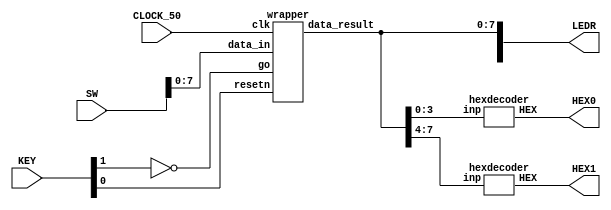
//Sw[7:0] data_in

//KEY[0] synchronous reset when pressed
//KEY[1] go signal

//LEDR displays result
//HEX0 & HEX1 also displays result

module part2(SW, KEY, CLOCK_50, LEDR, HEX0, HEX1);
    input [9:0] SW;
    input [3:0] KEY;
    input CLOCK_50;
    output [9:0] LEDR;
    output [6:0] HEX0, HEX1;

    wire resetn;
    wire go;

    wire [7:0] data_result;
    assign go = ~KEY[1];
    assign resetn = KEY[0];

    wrapper u0(
        .clk(CLOCK_50),
        .resetn(resetn),
        .go(go),
        .data_in(SW[7:0]),
        .data_result(data_result)
    );

    assign LEDR[7:0] = data_result;

    hexdecoder H0(
        .inp(data_result[3:0]),
        .HEX(HEX0)
        );

    hexdecoder H1(
        .inp(data_result[7:4]),
        .HEX(HEX1)
        );

endmodule

module wrapper(
    input clk,
    input resetn,
    input go,
    input [7:0] data_in,
    output [7:0] data_result
    );

    // lots of wires to connect our datapath and control
    wire ld_a, ld_b, ld_c, ld_x, ld_r;
    wire ld_alu_out;
    wire [1:0]  alu_select_a, alu_select_b;
    wire alu_op;

    control C0(
        .clk(clk),
        .resetn(resetn),

        .go(go),

        .ld_alu_out(ld_alu_out),
        .ld_x(ld_x),
        .ld_a(ld_a),
        .ld_b(ld_b),
        .ld_c(ld_c),
        .ld_r(ld_r),

        .alu_select_a(alu_select_a),
        .alu_select_b(alu_select_b),
        .alu_op(alu_op)
    );

    datapath D0(
        .clk(clk),
        .resetn(resetn),

        .ld_alu_out(ld_alu_out),
        .ld_x(ld_x),
        .ld_a(ld_a),
        .ld_b(ld_b),
        .ld_c(ld_c),
        .ld_r(ld_r),

        .alu_select_a(alu_select_a),
        .alu_select_b(alu_select_b),
        .alu_op(alu_op),

        .data_in(data_in),
        .data_result(data_result)
    );

 endmodule


module control(
    input clk,
    input resetn,
    input go,

    output reg  ld_a, ld_b, ld_c, ld_x, ld_r,
    output reg  ld_alu_out,
    output reg [1:0]  alu_select_a, alu_select_b,
    output reg alu_op
    );

    reg [5:0] current_state, next_state;

    localparam  S_LOAD_A        = 5'd0,
                S_LOAD_A_WAIT   = 5'd1,
                S_LOAD_B        = 5'd2,
                S_LOAD_B_WAIT   = 5'd3,
                S_LOAD_C        = 5'd4,
                S_LOAD_C_WAIT   = 5'd5,
                S_LOAD_X        = 5'd6,
                S_LOAD_X_WAIT   = 5'd7,
                S_CYCLE_0       = 5'd8,
                S_CYCLE_1       = 5'd9,
                S_CYCLE_2       = 5'd10,
                S_CYCLE_3       = 5'd11,
                S_CYCLE_4       = 5'd12;

    // Next state logic aka our state table
    always@(*)
    begin: state_table
            case (current_state)
                S_LOAD_A: next_state = go ? S_LOAD_A_WAIT : S_LOAD_A; // Loop in current state until value is input
                S_LOAD_A_WAIT: next_state = go ? S_LOAD_A_WAIT : S_LOAD_B; // Loop in current state until go signal goes low
                S_LOAD_B: next_state = go ? S_LOAD_B_WAIT : S_LOAD_B; // Loop in current state until value is input
                S_LOAD_B_WAIT: next_state = go ? S_LOAD_B_WAIT : S_LOAD_C; // Loop in current state until go signal goes low
                S_LOAD_C: next_state = go ? S_LOAD_C_WAIT : S_LOAD_C; // Loop in current state until value is input
                S_LOAD_C_WAIT: next_state = go ? S_LOAD_C_WAIT : S_LOAD_X; // Loop in current state until go signal goes low
                S_LOAD_X: next_state = go ? S_LOAD_X_WAIT : S_LOAD_X; // Loop in current state until value is input
                S_LOAD_X_WAIT: next_state = go ? S_LOAD_X_WAIT : S_CYCLE_0; // Loop in current state until go signal goes low
                S_CYCLE_0: next_state = S_CYCLE_1;
                S_CYCLE_1: next_state = S_CYCLE_2;
                S_CYCLE_2: next_state = S_CYCLE_3;
                S_CYCLE_3: next_state = S_CYCLE_4;
                S_CYCLE_4: next_state = S_LOAD_A; // we will be done our two operations, start over after
            default:     next_state = S_LOAD_A;
        endcase
    end // state_table


    // Output logic aka all of our datapath control signals
    always @(*)
    begin: enable_signals
        // By default make all our signals 0
        ld_alu_out = 1'b0;
        ld_a = 1'b0;
        ld_b = 1'b0;
        ld_c = 1'b0;
        ld_x = 1'b0;
        ld_r = 1'b0;
        alu_select_a = 2'b0;
        alu_select_b = 2'b0;
        alu_op       = 1'b0;

        case (current_state)
            S_LOAD_A: begin
                ld_a = 1'b1;
                end
            S_LOAD_B: begin
                ld_b = 1'b1;
                end
            S_LOAD_C: begin
                ld_c = 1'b1;
                end
            S_LOAD_X: begin
                ld_x = 1'b1;
                end
            S_CYCLE_0: begin // A <= A*x
                ld_alu_out = 1'b1; ld_a = 1'b1; // store result in reg a
                alu_select_a = 2'd0; // Select reg a
                alu_select_b = 2'd3; // Select reg x
                alu_op = 1'b1; // multiply
            end
            S_CYCLE_1: begin // A <= A*x^2 = A*x
                ld_alu_out = 1'b1; ld_a = 1'b1; // store result in reg a
                alu_select_a = 2'd0; // Select reg a
                alu_select_b = 2'd3; // Select reg x
                alu_op = 1'b1; // multiply
            end
            //done Ax^2

            S_CYCLE_2: begin // B <= B*x
                ld_alu_out = 1'b1; ld_b = 1'b1; // store result in reg b
                alu_select_a = 2'd1; // Select reg b
                alu_select_b = 2'd3; // Select reg x
                alu_op = 1'b1; // multiply
            end
            //done Bx

            S_CYCLE_3: begin // B <= B*x + C
                ld_alu_out = 1'b1; ld_b = 1'b1; // store result in reg b
                alu_select_a = 2'd1; // Select reg b
                alu_select_b = 2'd2; // Select reg c
                alu_op = 1'b0; // add
            end
            //done Bx+C

            S_CYCLE_4: begin // r <= Ax^2+Bx+C = A+B
                ld_r = 1'b1; // store result in result reg
                alu_select_a = 2'd0; // Select reg a
                alu_select_b = 2'd1; // Select reg x
                alu_op = 1'b0; // add
            end
        // default:    // don't need default since we already made sure all of our outputs were assigned a value at the start of the always block
        endcase
    end // enable_signals

    // current_state registers
    always@(posedge clk)
    begin: state_FFs
        if(!resetn)
            current_state <= S_LOAD_A;
        else
            current_state <= next_state;
    end // state_FFS
endmodule

module datapath(
    input clk,
    input resetn,
    input [7:0] data_in,
    input ld_alu_out,
    input ld_x, ld_a, ld_b, ld_c,
    input ld_r,
    input alu_op,
    input [1:0] alu_select_a, alu_select_b,
    output reg [7:0] data_result
    );

    // input registers
    reg [7:0] a, b, c, x;

    // output of the alu
    reg [7:0] alu_out;
    // alu input muxes
    reg [7:0] alu_a, alu_b;

    // Registers a, b, c, x with respective input logic
    always@(posedge clk) begin
        if(!resetn) begin
            a <= 8'b0;
            b <= 8'b0;
            c <= 8'b0;
            x <= 8'b0;
        end
        else begin
            if(ld_a)
                a <= ld_alu_out ? alu_out : data_in; // load alu_out if load_alu_out signal is high, otherwise load from data_in
            if(ld_b)
                b <= ld_alu_out ? alu_out : data_in; // load alu_out if load_alu_out signal is high, otherwise load from data_in
            if(ld_x)
                x <= data_in;

            if(ld_c)
                c <= data_in;
        end
    end

    // Output result register
    always@(posedge clk) begin
        if(!resetn) begin
            data_result <= 8'b0;
        end
        else
            if(ld_r)
                data_result <= alu_out;
    end

    // The ALU input multiplexers
    always @(*)
    begin
        case (alu_select_a)
            2'd0:
                alu_a = a;
            2'd1:
                alu_a = b;
            2'd2:
                alu_a = c;
            2'd3:
                alu_a = x;
            default: alu_a = 8'b0;
        endcase

        case (alu_select_b)
            2'd0:
                alu_b = a;
            2'd1:
                alu_b = b;
            2'd2:
                alu_b = c;
            2'd3:
                alu_b = x;
            default: alu_b = 8'b0;
        endcase
    end

    // The ALU
    always @(*)
    begin : ALU
        // alu
        case (alu_op)
            0: begin
                   alu_out = alu_a + alu_b; //performs addition
               end
            1: begin
                   alu_out = alu_a * alu_b; //performs multiplication
               end
            default: alu_out = 8'b0;
        endcase
    end

endmodule


module hexdecoder(input[3:0] inp,output[6:0] HEX);
	seg0 s0(inp[3],inp[2],inp[1],inp[0],HEX[0]);
	seg1 s1(inp[3],inp[2],inp[1],inp[0],HEX[1]);
	seg2 s2(inp[3],inp[2],inp[1],inp[0],HEX[2]);
	seg3 s3(inp[3],inp[2],inp[1],inp[0],HEX[3]);
	seg4 s4(inp[3],inp[2],inp[1],inp[0],HEX[4]);
	seg5 s5(inp[3],inp[2],inp[1],inp[0],HEX[5]);
	seg6 s6(inp[3],inp[2],inp[1],inp[0],HEX[6]);
endmodule

module seg0(input c0,c1,c2,c3,output s);
  assign s = ~(~c1&~c3|c3&~c0&c1|c2&~c0|c1&c2|c0&~c3|c0&~c1&~c2);
endmodule

module seg1(input c0,c1,c2,c3,output s);
  assign s = ~(~c0&~c1|~c1&~c3|~c0&c2&c3|~c0&~c2&~c3|c0&~c2&c3);
endmodule

module seg2(input c0,c1,c2,c3,output s);
  assign s = ~(~c0&~c2|~c0&c3|~c2&c3|~c0&c1|c0&~c1);
endmodule

module seg3(input c0,c1,c2,c3,output s);
  assign s = ~(~c0&~c1&~c3|~c0&~c1&c2|c1&~c2&c3|c1&c2&~c3|c0&~c2|c0&~c1&c3);
endmodule

module seg4(input c0,c1,c2,c3,output s);
  assign s = ~((c1|c2|~c3)&(c0|~c3)&(c0|~c1|c2));
endmodule

module seg5(input c0,c1,c2,c3,output s);
  assign s = ~(~c2&~c3|~c0&c1&~c2|c0&~c1|c0&c2|c1&c2&~c3);
endmodule

module seg6(input c0,c1,c2,c3,output s);
  assign s = ~(~c0&c1&~c2|~c0&~c1&c2|c2&~c3|c0&~c1|c0&c3|c0&c2);
endmodule